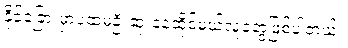
နိုင်ငံခြားမှာပထမဦးဆုံးနေထိုင်မယ့်လူတွေဖြစ်ပါတယ်။